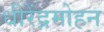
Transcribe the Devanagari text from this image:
धीरेंद्रमोहन